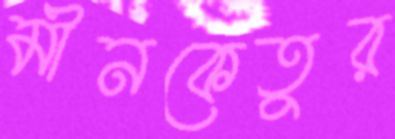
মীনকেতুর